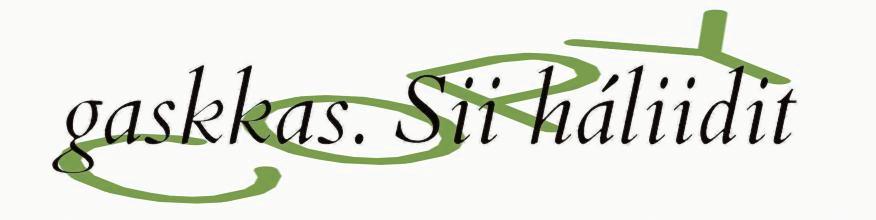
gaskkas. Sii háliidit